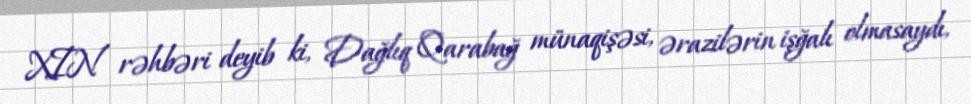
XIN rəhbəri deyib ki, Dağlıq Qarabağ münaqişəsi, ərazilərin işğalı olmasaydı,